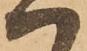
ハ